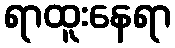
ရာထူးနေရာ